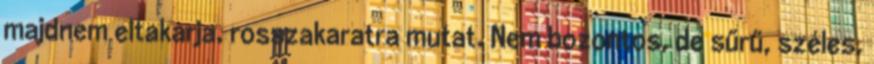
majdnem eltakarja, rosszakaratra mutat. Nem bozontos, de sűrű, széles,